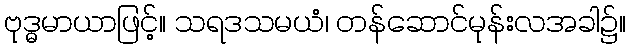
ဗုဒ္ဓမာယာဖြင့်။ သရဒသမယံ၊ တန်ဆောင်မုန်းလအခါ၌။